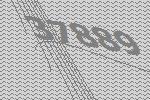
37889